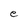
Character: e